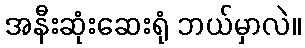
အနီးဆုံးဆေးရုံ ဘယ်မှာလဲ။